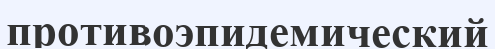
противоэпидемический